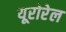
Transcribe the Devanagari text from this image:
यूरोरेल